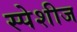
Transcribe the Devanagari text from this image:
स्पेशीज